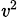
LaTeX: \scriptstyle\mathit{v}^{2}